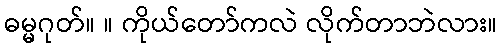
ဓမ္မဂုတ်။ ။ ကိုယ်တော်ကလဲ လိုက်တာဘဲလား။